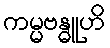
ကမ္မဗန္ဓူဟိ